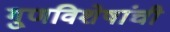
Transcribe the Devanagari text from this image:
गु्णविशेषांची